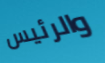
والرئيس